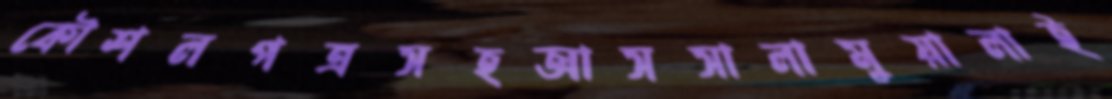
কৌশলপত্রসহআসসালামুয়ালাই